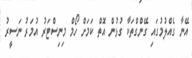
އޭނާ ގެއްލުމުގައި ގޭންގްތަކާ ގުޅުން އޮތް ކަމަށް ހޯމް މިނިސްޓަރު އުމަރު ނަސީރު